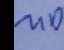
Signature authenticity: genuine